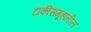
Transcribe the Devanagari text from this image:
टाकीसमूहातील